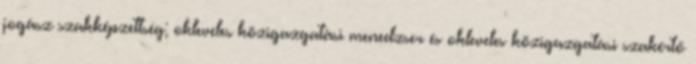
jogász szakképzettség; okleveles közigazgatási menedzser és okleveles közigazgatási szakértő